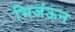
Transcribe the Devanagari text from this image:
भिजंऊन